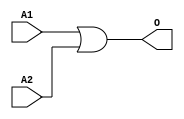
module JCOR2B1(A1, A2, O);
input   A1;
input   A2;
output  O;
or g0(O, A1, A2);
endmodule